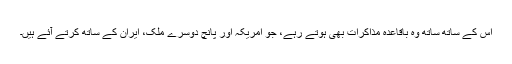
اس کے ساتھ ساتھ وُہ باقاعدہ مذاکرات بھی ہوتے رہے، جو امریکہ اور پانچ دُوسرے ملک، ایران کے ساتھ کرتے آئے ہیں۔